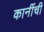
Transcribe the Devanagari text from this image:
कानींची